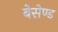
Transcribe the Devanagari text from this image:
बेसेण्ड